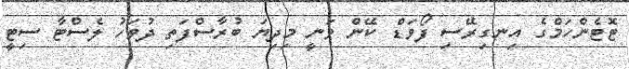
ޓޮޓެންހަމްގެ އިނގިރޭސި ފޯވަޑް ކޭން ވަނީ މިދިޔަ ބުރާސްފަތި ދުވަހު ލެސްޓާ ސިޓީ